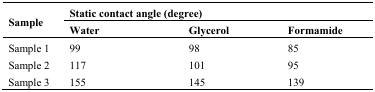
| Sample | Static contact angle (degree) |
 | Water | Glycerol | Formamide |
 | --- | --- |
 | Sample 1 | 99 | 98 | 85 |
 | Sample 2 | 117 | 101 | 95 |
 | Sample 3 | 155 | 145 | 139 |